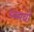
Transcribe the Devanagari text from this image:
मम्सची